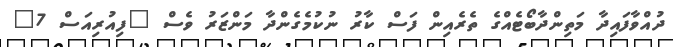
ދުއްވާފައިދާ މަތިންދާބޯޓެއްގެ ތެރެއިން ފަސް ކާރު ނުކުމެގެންދާ މަންޒަރު ވެސް "ފިއުރިއަސް 7"